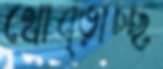
থোব্‌ড়াচ্ছ